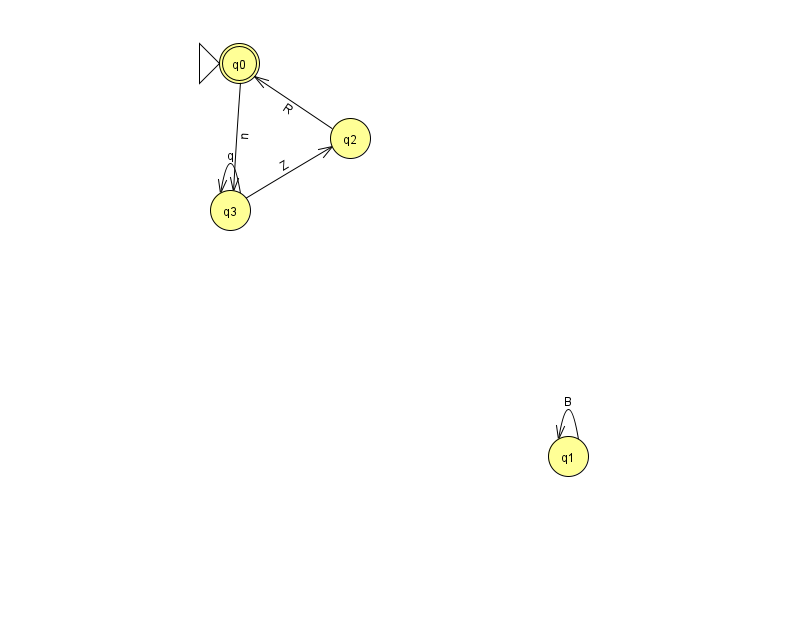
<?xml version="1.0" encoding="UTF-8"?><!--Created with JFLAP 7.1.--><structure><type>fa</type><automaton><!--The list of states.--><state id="0" name="q0"><x>239.0</x><y>50.0</y><initial/><final/></state><state id="1" name="q1"><x>568.0</x><y>443.0</y></state><state id="2" name="q2"><x>350.0</x><y>125.0</y></state><state id="3" name="q3"><x>230.0</x><y>197.0</y></state><!--The list of transitions.--><transition><from>2</from><to>0</to><read>R</read></transition><transition><from>3</from><to>3</to><read>q</read></transition><transition><from>1</from><to>1</to><read>B</read></transition><transition><from>3</from><to>2</to><read>Z</read></transition><transition><from>0</from><to>3</to><read>n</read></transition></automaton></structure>